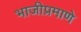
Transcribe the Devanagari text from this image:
भाजीप्रमाणे